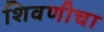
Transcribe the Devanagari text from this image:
शिवणीचा